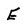
Character: E